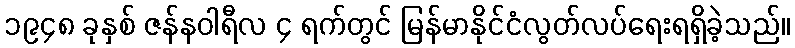
၁၉၄၈ ခုနှစ် ဇန်နဝါရီလ ၄ ရက်တွင် မြန်မာနိုင်ငံလွတ်လပ်ရေးရရှိခဲ့သည်။